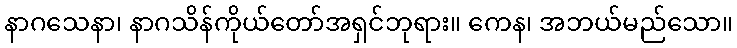
နာဂသေနာ၊ နာဂသိန်ကိုယ်တော်အရှင်ဘုရား။ ကေန၊ အဘယ်မည်သော။